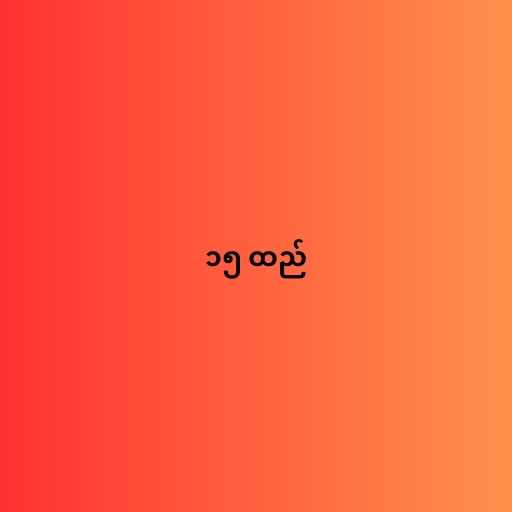
၁၅ ထည်